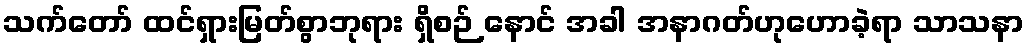
သက်တော် ထင်ရှားမြတ်စွာဘုရား ရှိစဉ် နောင် အခါ အနာဂတ်ဟုဟောခဲ့ရာ သာသနာ